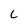
Character: L